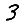
Digit: 3